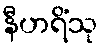
နီဟရိံသု